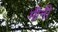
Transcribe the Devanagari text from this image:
मीनी